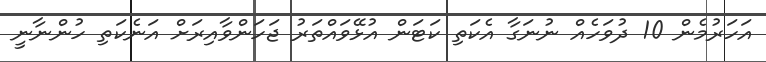
އަހަރުމެން 10 ދުވަހެއް ނުނަގާ އެކަތި ކަޓަން އުޅޭވައްތަރު ޖަހަންވާއިރަށް އަނެކަތި ހުންނާނީ